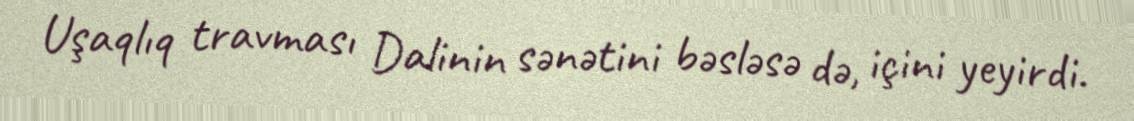
Uşaqlıq travması Dalinin sənətini bəsləsə də, içini yeyirdi.